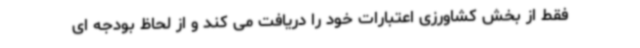
فقط از بخش کشاورزی اعتبارات خود را دریافت می کند و از لحاظ بودجه ای